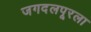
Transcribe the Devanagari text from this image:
जगदलपूरला